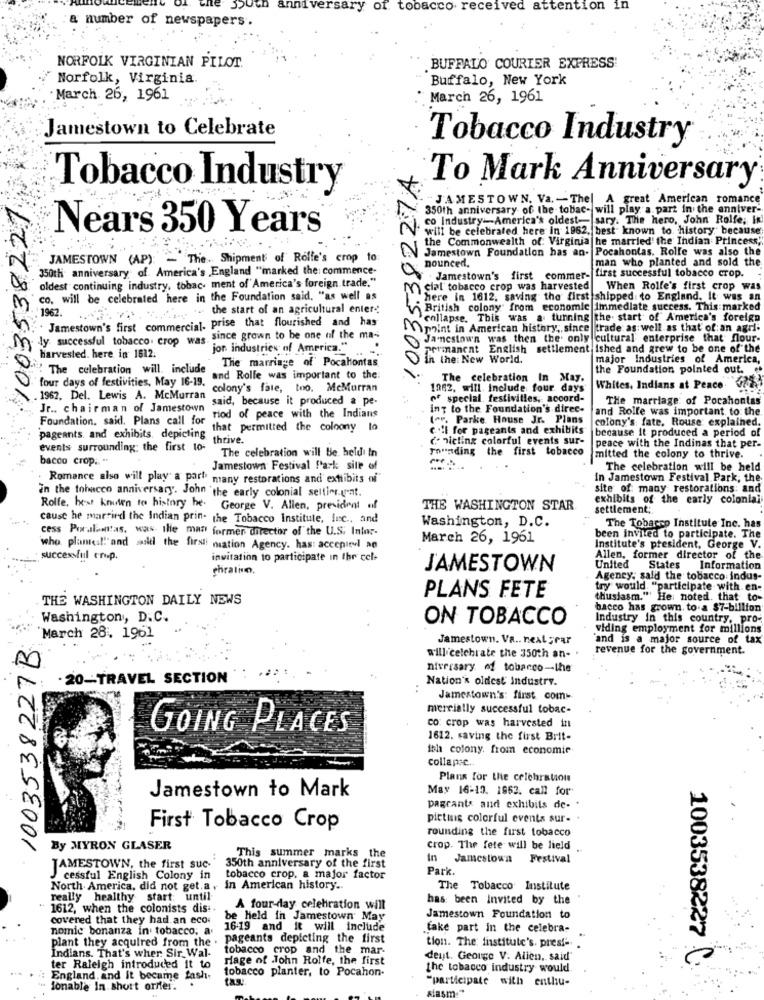
uth anniversary of tobacco received attention in
a number of newspapers.
NORFOLK VIRGINIAN PILOT.
BUFFALO COURIER EXPRESS
Norfolk, Virginia.
Buffalo, New York
March 26, 1961
March 26, 1961
Jamestown to Celebrate
Tobacco Industry
1003538227A
To Mark Anniversary
Tobacco Industry
:1003538227
"JAMESTOWN. Va. - The|
A great American romance
350th anniversary of the tobac- will play a part in the anniver-
co Industry-America's oldest- sary. The hero, John Rolfe; In
Nears 350 Years
"will be celebrated here In 1962, best known to. history because
the Commonwealth of: Virginia he married' the Indian Princess,
Jamestown Foundation has an. Pocahontas. Rolfe was also the
JAMESTOWN (AP): - The. Shipment of Rolfe's crop to:
man who planted and sold the
350th anniversary of America's England "marked the: commence-
nounced.
oldest continuing industry, tobac- ment of America's foreign trade."
Jamestown's first commer-
first successful tobacco crop.
cial tobacco crop was harvested
When Rolfe's first crop was
co. will be celebrated here in the Foundation said, "as well as
here in 1612, saving the first shipped to England. It was an
1962. .. the start of an agricultural enter-
British colony" from economic immediate success. This marked
Jamestown's first commercial, prise that flourished and has
collapse. This was a. tunning the start of America's foreign
point in American history, since | trade as well as that of an agri-
Mly successful tobacco. crop was since grown to be one of the ma-
Ja'nestown was then the only cultural enterprise that flour-
jon industries of America."
permanent English settlement ished and grew to be one of the
Harvested. here in 1612.
The marriage of Pocahontas
in the New World.
major Industries of America,
The celebration will include
the Foundation pointed out.
four days of festivities, May 16-19.
and Rolle was important to the:
The celebration In May.
colony's fate, too. McMurran
1062. will. Include four days
Whites, Indians at Peace
. 1962, Del. Lewis A. McMurran ai
said, because it produced a pe-
of special. festivities ,: accord-
The marriage: of Pocahontas
Jr ., chairman of Jamestown
ing to the Foundation's direc-
and Rolfe was important to the
riod of peace with the Indians
(or. Parke House Jr. Plans
colony's: fate. Rouse explained.
Foundation. said. Plans call for that permitted the coloony to
call for pageants and exhibits
because it produced a period of
pageants and exhibits. depicting the
thrive.
conicting colorful events sur-
events surrounding: the first to-
rounding the first tobacco
peace with the Indinas that per-
bacco crop. "
The celebration will be held In
mitted the colony to thrive.
Jamestown Festival Park site of
The celebration will be held
Romance also will play a part many restorations and exttibits ni
in Jamestown Festival Park, the
in the tobacco anniversary. John the early colonial setting.yat.
site of many restorations: and
exhibits of the carly colonial
Rolle, hews knoten to history be. George V. Alien, president of
THE WASHINGTON STAR
settlement;
cause he married the Indian prin- the Tobacco Institute, Inc ., and
Washington, D.C.
cess Poralantas, was ilie man former director of the U.S. Infor-
The Tobacco Institute Inc. has
March 26, 1961
been invited to participate. The
who planteal!" and asil the first nation Agency. has: accepted an
Institute's president, George V.
successful crup.
invitation to participate in thr cel-
Allen, former director of the
chratino.
JAMESTOWN
United
States Information
Agency, said the tobacco indus-
PLANS FETE
try would. "participate with en
THE WASHINGTON DAILY NEWS
thusiasm." He: noted. that to-
bacco has grown. to.a $7-billion
Washington, D.C.
ON TOBACCO
Industry in this country, pro-
viding employment for millions
1003538227B
March 28. 1961
Jamestown. Va .. next year
and is a major source of tax
revenue for the government.
will celebrate the 330th an-
niversary of tobacco-the
- 20-TRAVEL SECTION
Nation's oldest Industry.
Jamestown's: first com-
mercially successful tobac-
co: crop was harvested in
GOING PLACES
1612. saving the first Brit-
ish colony. from economie
collapse ..
Plans for the celebration
May 16-10. 1862. call for.
Jamestown to Mark
pagcants and exhibits de-
pictuis colorful events sur- .
First Tobacco Crop
rounding the first tobacco
By MYRON GLASER
crop. The fete will be held
This summer marks the
In Jamestown
Festival
JAMESTOWN, the first suc-
350th anniversary of the first
Park.
cessful English Colony in
tobacco crop. a major factor
North America, did not get.a. in American history.
The Tobacco Institute
really healthy start: until
has been Invited by the
1612, when the colonists dis :.
A four-day celebration will
covered that they had an eco
be held in Jamestown May
Jamestown Foundation to
nomic bonanza in tobacco, a
16.19 and it will include
take part in the celebra-
plant they acquired from the . pageants depicting the first
Indians. That's wher Sir_ Wal-
tobacco crop and the mar-
tion. The institute's. prest- .
riage of John Rolfe, the first
deut. George V. Alien, said"
ter Raleigh introduced it to
tobacco planter, to Pocahon.
the tobacco industry would
1003538227 .
England, and it became fash.
tas
"participate with enthu-
Ionable In short order.
asm."